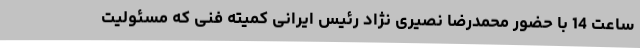
ساعت 14 با حضور محمدرضا نصیری نژاد رئیس ایرانی کمیته فنی که مسئولیت